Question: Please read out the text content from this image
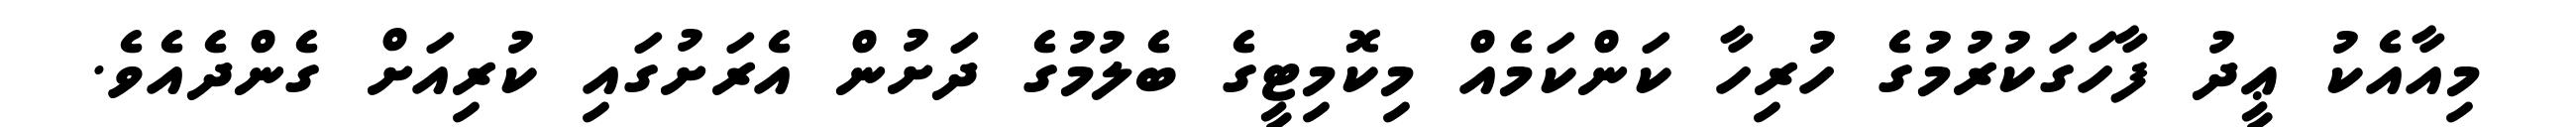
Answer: މިއާއެކު ޢީދު ފާހަގަކުރުމުގެ ހުރިހާ ކަންކަމެއް މިކޮމިޓީގެ ބެލުމުގެ ދަށުން އެރަށުގައި ކުރިއަށް ގެންދެއެވެ.